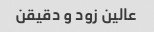
عالین زود و دقیقن